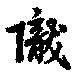
隴